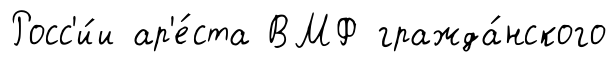
Росс'и́и ар'е́ста ВМФ гражда́нского